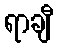
ရာချီ